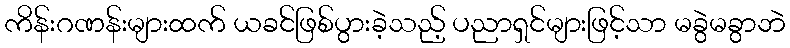
ကိန်းဂဏန်းများထက် ယခင်ဖြစ်ပွားခဲ့သည့် ပညာရှင်များဖြင့်သာ မခွဲမခွာဘဲ